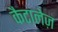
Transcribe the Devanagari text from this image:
कैटालेज़